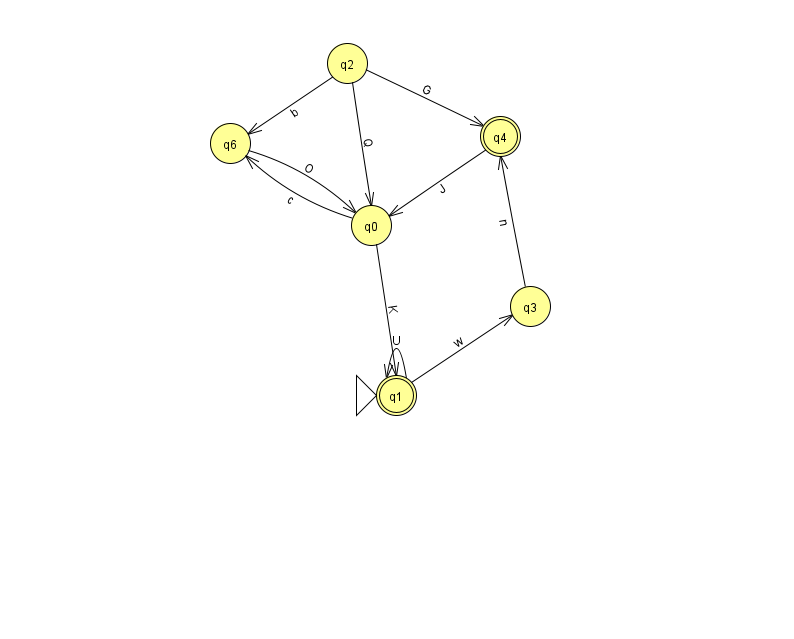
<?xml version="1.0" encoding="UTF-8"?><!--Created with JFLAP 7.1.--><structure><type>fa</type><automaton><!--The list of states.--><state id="0" name="q0"><x>371.0</x><y>212.0</y></state><state id="1" name="q1"><x>396.0</x><y>382.0</y><initial/><final/></state><state id="2" name="q2"><x>347.0</x><y>50.0</y></state><state id="3" name="q3"><x>530.0</x><y>293.0</y></state><state id="4" name="q4"><x>500.0</x><y>123.0</y><final/></state><state id="5" name="q5"><x>966.0</x><y>136.0</y></state><state id="6" name="q6"><x>230.0</x><y>130.0</y></state><!--The list of transitions.--><transition><from>0</from><to>1</to><read>K</read></transition><transition><from>2</from><to>4</to><read>G</read></transition><transition><from>6</from><to>0</to><read>O</read></transition><transition><from>1</from><to>3</to><read>w</read></transition><transition><from>3</from><to>4</to><read>n</read></transition><transition><from>1</from><to>1</to><read>U</read></transition><transition><from>2</from><to>0</to><read>Q</read></transition><transition><from>4</from><to>0</to><read>J</read></transition><transition><from>5</from><to>5</to><read>I</read></transition><transition><from>2</from><to>6</to><read>b</read></transition><transition><from>0</from><to>6</to><read>c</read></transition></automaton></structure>